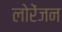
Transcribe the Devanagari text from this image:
लोरेंजन